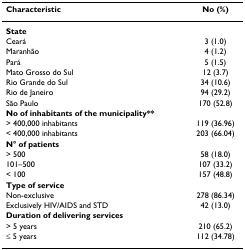
| Characteristic | No (%) |
 | --- | --- |
 | State |  |
 | Ceará | 3 (1.0) |
 | Maranhão | 4 (1.2) |
 | Pará | 5 (1.5) |
 | Mato Grosso do Sul | 12 (3.7) |
 | Rio Grande do Sul | 34 (10.6) |
 | Rio de Janeiro | 94 (29.2) |
 | São Paulo | 170 (52.8) |
 | No of inhabitants of the municipality** |  |
 | > 400,000 inhabitants | 119 (36.96) |
 | < 400,000 inhabitants | 203 (66.04) |
 | N° of patients |  |
 | > 500 | 58 (18.0) |
 | 101–500 | 107 (33.2) |
 | < 100 | 157 (48.8) |
 | Type of service |  |
 | Non-exclusive | 278 (86.34) |
 | Exclusively HIV/AIDS and STD | 42 (13.0) |
 | Duration of delivering services |  |
 | > 5 years | 210 (65.2) |
 | ≤ 5 years | 112 (34.78) |